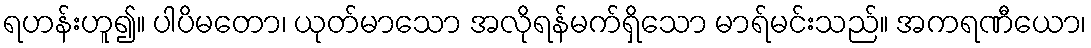
ရဟန်းဟူ၍။ ပါပိမတော၊ ယုတ်မာသော အလိုရန်မက်ရှိသော မာရ်မင်းသည်။ အကရဏီယော၊